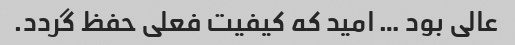
عالی بود … امید که کیفیت فعلی حفظ گردد.